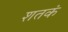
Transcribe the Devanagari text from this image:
शतकं